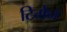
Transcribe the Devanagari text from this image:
टिगेन